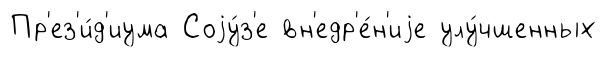
Пр'ез'и́д'иума Соjу́з'е вн'едр'е́н'иjе улу́чшенных